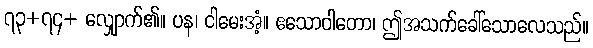
၇၃+၇၄+ လျှောက်၏။ ပန၊ ငါမေးအံ့။ ဧသောဝါတော၊ ဤအသက်ခေါ်သောလေသည်။